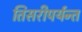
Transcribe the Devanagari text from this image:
तिसरीपर्यन्त